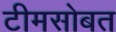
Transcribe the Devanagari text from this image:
टीमसोबत